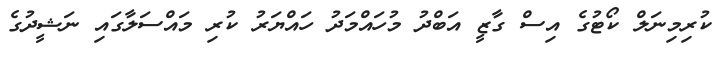
ކުރިމިނަލް ކޯޓުގެ އިސް ގާޒީ އަބްދު މުހައްމަދު ހައްޔަރު ކުރި މައްސަލާގައި ނަޝީދުގެ